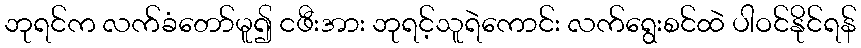
ဘုရင်က လက်ခံတော်မူ၍ ငဖီးအား ဘုရင့်သူရဲကောင်း လက်ရွေးစင်ထဲ ပါဝင်နိုင်ရန်